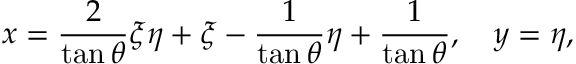
x = \frac { 2 } { \tan \theta } \xi \eta + \xi - \frac { 1 } { \tan \theta } \eta + \frac { 1 } { \tan \theta } , \quad y = \eta ,